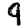
Digit: 9